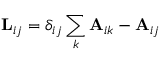
\mathbf { L } _ { i j } = \delta _ { i j } \sum _ { k } \mathbf { A } _ { i k } - \mathbf { A } _ { i j }